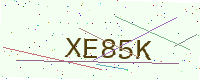
Text: XE85K